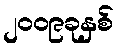
၂၀၀၉ခုနှစ်